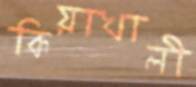
কিয়াখালী